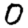
Digit: 0